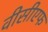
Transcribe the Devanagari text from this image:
वीसीएफ